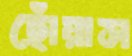
ছোঁয়াস